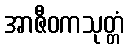
အာဇီဝကသုတ္တံ